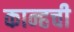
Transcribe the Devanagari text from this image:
कान्हची